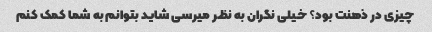
چیزی در ذهنت بود؟ خیلی نگران به نظر میرسی شاید بتوانم به شما کمک کنم